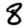
Digit: 8